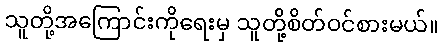
သူတို့အကြောင်းကိုရေးမှ သူတို့စိတ်ဝင်စားမယ်။